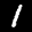
Label: 1